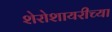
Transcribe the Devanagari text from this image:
शेरोशायरीच्या